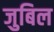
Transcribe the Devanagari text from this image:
जुबिल